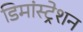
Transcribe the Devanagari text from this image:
डिमांस्ट्रेशन